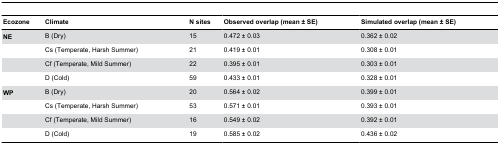
| Ecozone | Climate | N sites | Observed overlap (mean ± SE) | Simulated overlap (mean ± SE) |
 | --- | --- | --- | --- | --- |
 | NE | B (Dry) | 15 | 0.472 ± 0.03 | 0.362 ± 0.02 |
 |  | Cs (Temperate, Harsh Summer) | 21 | 0.419 ± 0.01 | 0.308 ± 0.01 |
 |  | Cf (Temperate, Mild Summer) | 22 | 0.395 ± 0.01 | 0.303 ± 0.01 |
 |  | D (Cold) | 59 | 0.433 ± 0.01 | 0.328 ± 0.01 |
 | WP | B (Dry) | 20 | 0.564 ± 0.02 | 0.399 ± 0.01 |
 |  | Cs (Temperate, Harsh Summer) | 53 | 0.571 ± 0.01 | 0.393 ± 0.01 |
 |  | Cf (Temperate, Mild Summer) | 16 | 0.549 ± 0.02 | 0.392 ± 0.01 |
 |  | D (Cold) | 19 | 0.585 ± 0.02 | 0.436 ± 0.02 |